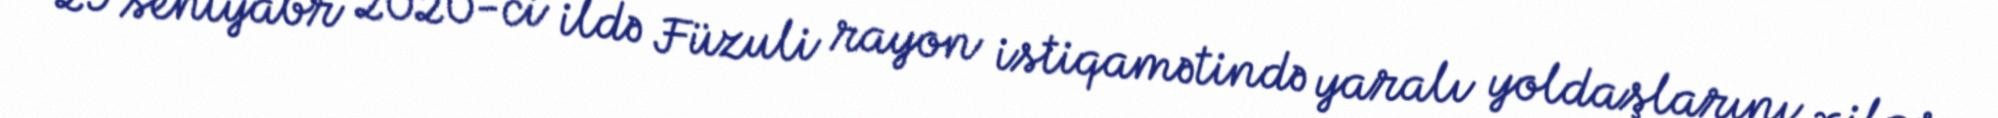
29 sentyabr 2020-ci ildə Füzuli rayon istiqamətində yaralı yoldaşlarını xilas